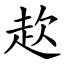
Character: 赼